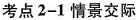
考点2-1情景交际